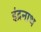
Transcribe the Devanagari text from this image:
इंद्रनाथ